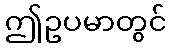
ဤဥပမာတွင်